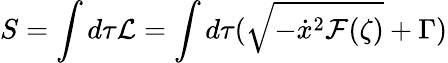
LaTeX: S=\int d\tau{\cal L}=\int d\tau(\sqrt{-\dot{x}^{2}{\cal F}(\zeta)}+\Gamma)